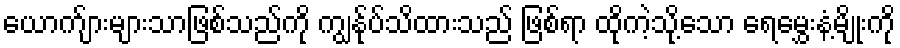
ယောက်ျားများသာဖြစ်သည်ကို ကျွန်ုပ်သိထားသည် ဖြစ်ရာ ထိုကဲ့သို့သော ရေမွှေးနံ့မျိုးကို